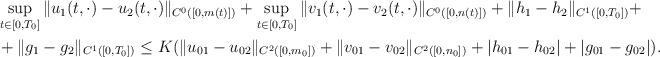
LaTeX: \begin{align*}\begin{aligned}&\sup\limits_{t \in [0,T_0]} \|u_1(t,\cdot) - u_2(t,\cdot)\|_{C^0([0, m(t)])}+ \sup\limits_{t \in [0,T_0]} \|v_1(t,\cdot) - v_2(t,\cdot)\|_{C^0([0, n(t)])} + \|h_1 - h_2\|_{C^1([0,T_0])}+\\&+\|g_1 - g_2\|_{C^1([0,T_0])} \leq K(\|u_{01}-u_{02}\|_{C^2([0,m_0])}+\|v_{01}-v_{02}\|_{C^2([0,n_0])}+|h_{01}-h_{02}|+|g_{01}-g_{02}|).\end{aligned}\end{align*}